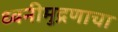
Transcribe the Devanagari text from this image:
ध्वनीमुद्रणाचा